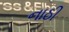
નાઠી